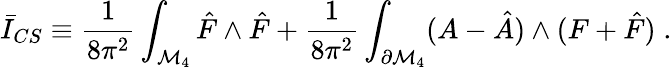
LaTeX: \bar{I}_{CS}\equiv\frac{1}{8\pi^{2}}\int_{{\cal M}_{4}}\hat{F}\wedge\hat{F}+\frac{1}{8\pi^{2}}\int_{\partial{\cal M}_{4}}(A-\hat{A})\wedge(F+\hat{F})\; .